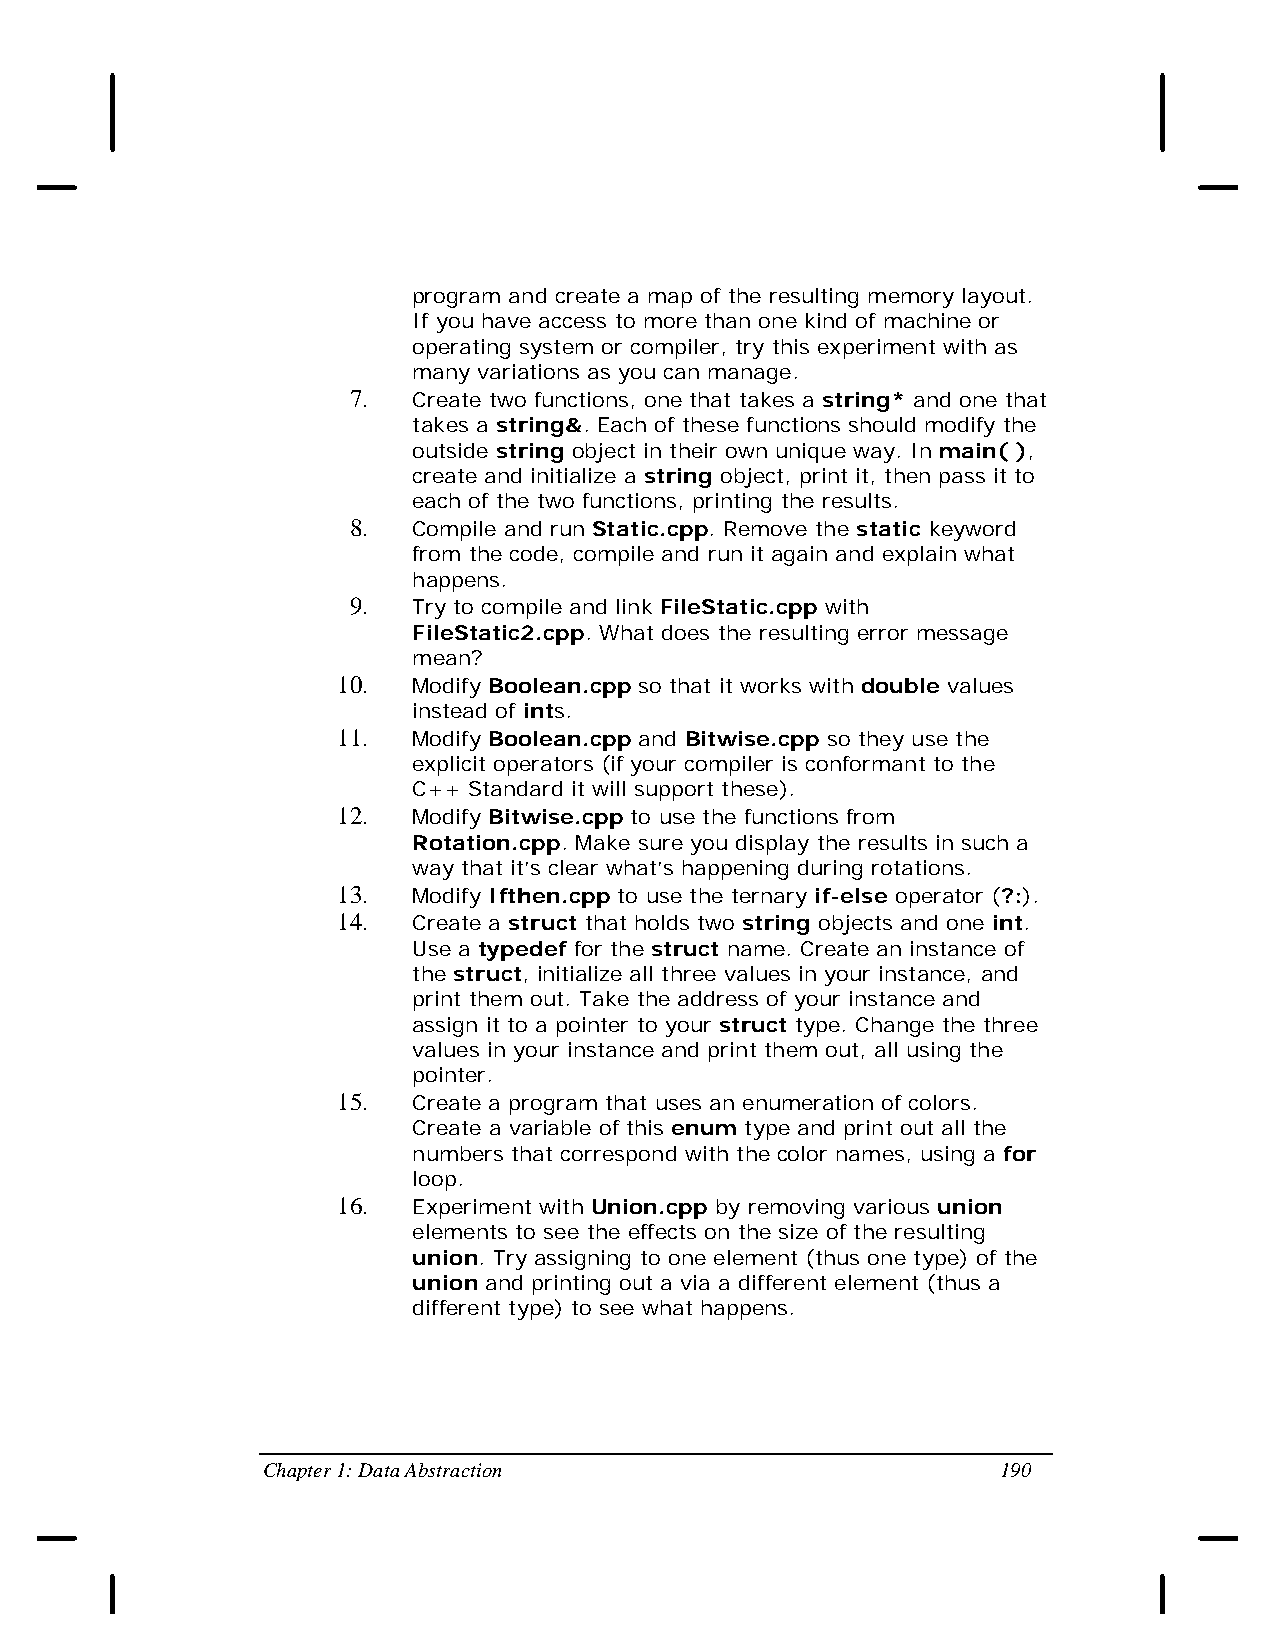
program and create a map of the resulting memory layout.
 If you have access to more than one kind of machine or
 operating system or compiler, try this experiment with as
 many variations as you can manage.
 7.  Create two functions, one that takes a string* and one that
 takes a string&. Each of these functions should modify the
 outside string object in their own unique way. In main( ),
 create and initialize a string object, print it, then pass it to
 each of the two functions, printing the results.
 8.  Compile and run Static.cpp. Remove the static keyword
 from the code, compile and run it again and explain what
 happens.
 9.  Try to compile and link FileStatic.cpp with
 FileStatic2.cpp. What does the resulting error message
 mean?
 10.  Modify Boolean.cpp so that it works with double values
 instead of ints.
 11.  Modify Boolean.cpp and Bitwise.cpp so they use the
 explicit operators (if your compiler is conformant to the
 C++ Standard it will support these).
 12.  Modify Bitwise.cpp to use the functions from
 Rotation.cpp. Make sure you display the results in such a
 way that it’s clear what’s happening during rotations.
 13.  Modify Ifthen.cpp to use the ternary if-else operator (?:).
 14.  Create a struct that holds two string objects and one int.
 Use a typedef for the struct name. Create an instance of
 the struct, initialize all three values in your instance, and
 print them out. Take the address of your instance and
 assign it to a pointer to your struct type. Change the three
 values in your instance and print them out, all using the
 pointer.
 15.  Create a program that uses an enumeration of colors.
 Create a variable of this enum type and print out all the
 numbers that correspond with the color names, using a for
 loop.
 16.  Experiment with Union.cpp by removing various union
 elements to see the effects on the size of the resulting
 union. Try assigning to one element (thus one type) of the
 union and printing out a via a different element (thus a
 different type) to see what happens.
 Chapter 1: Data Abstraction                      190